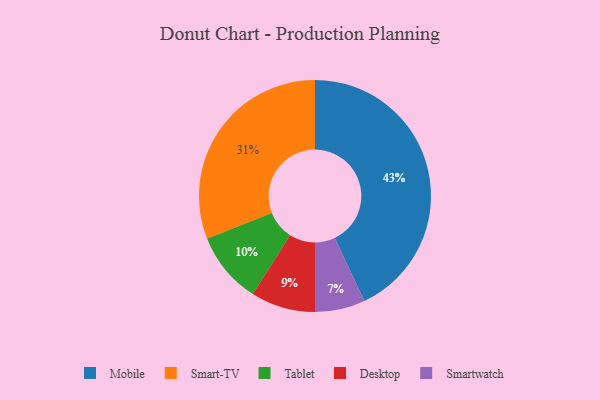
{"axis": {"x": "Category", "y": "Percentage"}, "legend": ["Desktop", "Mobile", "Smart-TV", "Smartwatch", "Tablet"], "data": [{"x": "Smart-TV", "y": 31, "type": "Smart-TV"}, {"x": "Tablet", "y": 10, "type": "Tablet"}, {"x": "Mobile", "y": 43, "type": "Mobile"}, {"x": "Desktop", "y": 9, "type": "Desktop"}, {"x": "Smartwatch", "y": 7, "type": "Smartwatch"}]}